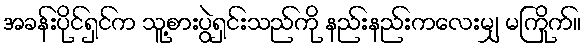
အခန်းပိုင်ရှင်က သူ့စားပွဲရှင်းသည်ကို နည်းနည်းကလေးမျှ မကြိုက်။